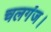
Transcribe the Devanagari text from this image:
चलगंज।